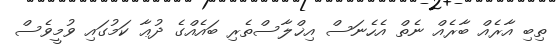
ތިބި އާރެއް ބާރެއް ނެތް އެހެނަސް އިޚްލާސްތެރި ބައެއްގެ ދުޢާ ކަމުގައި ވުމީވެސް